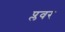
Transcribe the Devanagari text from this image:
प्लवर